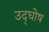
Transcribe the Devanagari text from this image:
उद्‌घोष